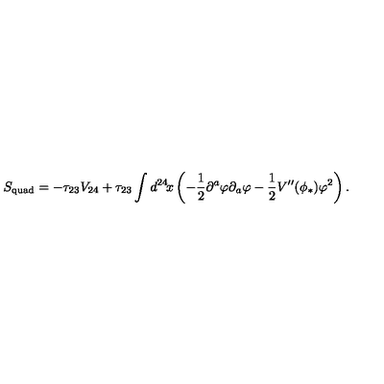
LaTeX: S _ { \mathrm { q u a d } } = - \tau _ { 2 3 } V _ { 2 4 } + \tau _ { 2 3 } \int d ^ { 2 4 } \! x \left( - \frac { 1 } { 2 } \partial ^ { a } \varphi \partial _ { a } \varphi - \frac { 1 } { 2 } V ^ { \prime \prime } ( \phi _ { * } ) \varphi ^ { 2 } \right) .